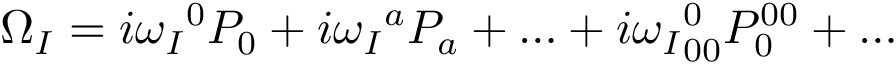
\Omega _ { \cal I } = i { \omega _ { \cal I } } ^ { 0 } P _ { 0 } + i { \omega _ { \cal I } } ^ { a } P _ { a } + \ldots + i { \omega _ { \cal I } } _ { 0 0 } ^ { 0 } P _ { 0 } ^ { 0 0 } + \ldots